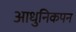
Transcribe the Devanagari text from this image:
आधुनिकपन